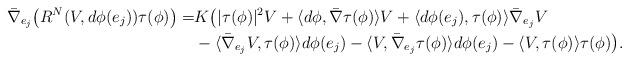
LaTeX: \begin{align*}\bar\nabla_{e_j}\big(R^N(V,d\phi(e_j))\tau(\phi)\big)=&K\big(|\tau(\phi)|^2V+\langle d\phi,\bar\nabla\tau(\phi)\rangle V+\langle d\phi(e_j),\tau(\phi)\rangle\bar\nabla_{e_j}V\\&-\langle \bar\nabla_{e_j}V,\tau(\phi)\rangle d\phi(e_j)-\langle V,\bar\nabla_{e_j}\tau(\phi)\rangle d\phi(e_j)-\langle V,\tau(\phi)\rangle\tau(\phi)\big).\end{align*}